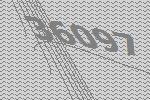
36097